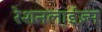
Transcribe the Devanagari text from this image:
रेशनलाईज़्म